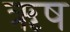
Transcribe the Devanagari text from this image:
ऋष